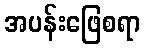
အပန်းဖြေစရာ